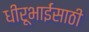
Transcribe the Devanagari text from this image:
धीरूभाईंसाठी